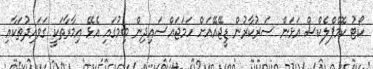
ކޯޓު ކޮމްޕްލެކްސް އަޅަން ސަރުކާރުން ޑީޖޭއޭއަށް ހަމަޖައްސައިދިން ބިމުގައި އެޅޭ އިމާރާތަކީ ގަވައިދުތަކާއި